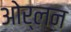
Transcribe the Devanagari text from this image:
ओर्लन